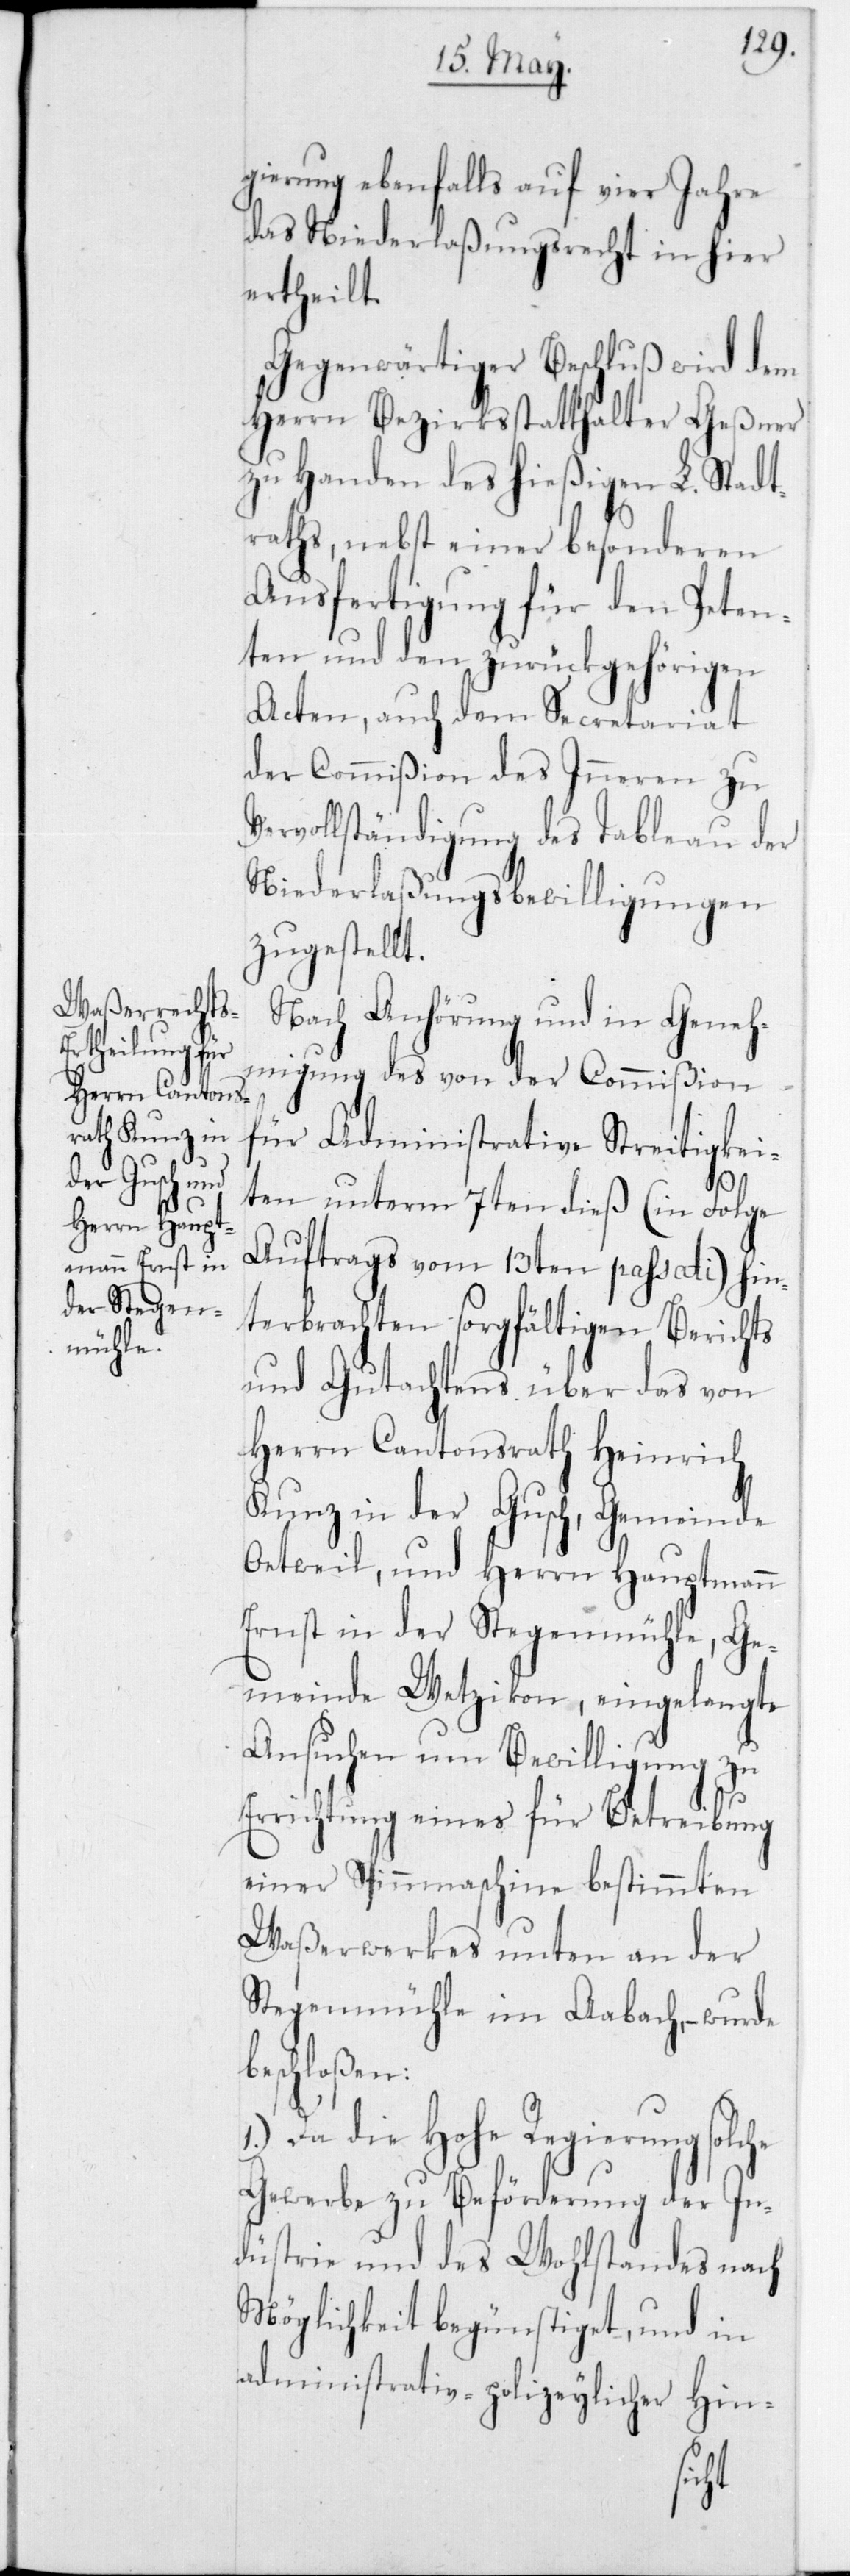
gierung ebenfalls auf vier Jahre
das Niederlaßungsrecht in hier
ertheilt.
Gegenwärtiger Beschluß wird dem
Herrn Bezirksstatthalter Geßner
zu Handen des hießigen L. Stadt¬
raths, nebst einer besonderen
Ausfertigung für den Peten¬
ten und den zurückgehörigen
Acten, auch dem Secretariat
der Commißion des Inneren zu
Vervollständigung des Tableau der
Niederlaßungsbewilligungen
zugestellt.
Nach Anhörung und in Geneh¬
migung des von der Commißion
für Administrative Streitigkei¬
ten unterm 7ten dieß (in Folge
Auftrags vom 13ten passati) hin¬
terbrachten sorgfältigen Berichts
und Gutachtens über das von
Herrn Cantonsrath Heinrich
Kunz in der Gusch, Gemeinde
Oetweil, und Herrn Hauptmann
Ernst in der Stegenmühle, Ge¬
meinde Wetzikon, eingelangte
Ansuchen um Bewilligung zu
Errichtung eines für Betreibung
einer Spinnmaschine bestimmten
Waßerwerkes unten an der
Stegenmühle im Aabach, – wurde
beschloßen:
Da die Hohe Regierung solche
Gewerbe zu Beförderung der In¬
dustrie und des Wohlstandes nach
Möglichkeit begünstiget, und in
administrativ-polizeylicher Hin-